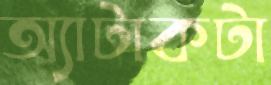
অ্যাটাকটা